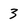
Character: 3